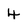
Character: 4